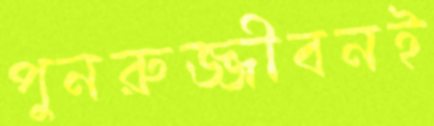
পুনরুজ্জীবনই